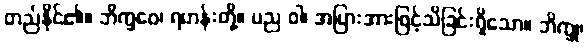
တည်နိုင်၏။ ဘိက္ခဝေ၊ ရဟန်းတို့။ ပည ဝါ၊ အပြားအားဖြင့်သိခြင်းရှိသော။ ဘိက္ခု၊